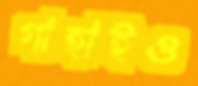
গাহাইও